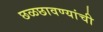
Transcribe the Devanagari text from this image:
छळछावण्यांची